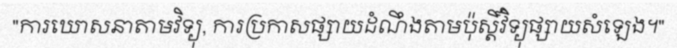
"ការឃោសនាតាមវិទ្យុ, ការប្រកាសផ្សាយដំណឹងតាមប៉ុស្តិ៍វិទ្យុផ្សាយសំឡេង។"